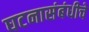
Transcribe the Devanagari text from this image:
घटनासंबंधीचे